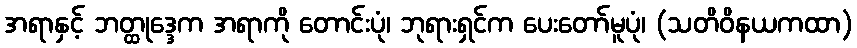
အရာနှင့် ဘတ္ထုဒ္ဒေက အရာကို တောင်းပုံ၊ ဘုရားရှင်က ပေးတော်မူပုံ၊ (သတိဝိနယကထာ)